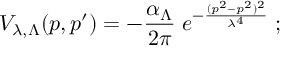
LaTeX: V _ { \lambda , \Lambda } ( p , p ^ { \prime } ) = - \frac { \alpha _ { \Lambda } } { 2 \pi } \; e ^ { - \frac { ( p ^ { 2 } - p ^ { 2 } ) ^ { 2 } } { \lambda ^ { 4 } } } \; ;